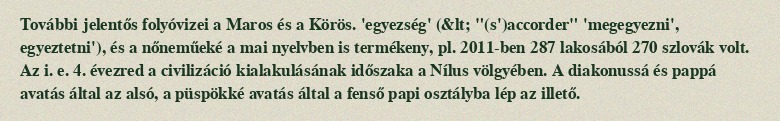
További jelentős folyóvizei a Maros és a Körös. 'egyezség' (&lt; "(s')accorder" 'megegyezni', egyeztetni'), és a nőneműeké a mai nyelvben is termékeny, pl. 2011-ben 287 lakosából 270 szlovák volt. Az i. e. 4. évezred a civilizáció kialakulásának időszaka a Nílus völgyében. A diakonussá és pappá avatás által az alsó, a püspökké avatás által a fenső papi osztályba lép az illető.